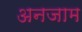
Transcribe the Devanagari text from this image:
अनजाम